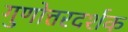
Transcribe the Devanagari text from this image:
गुणोत्तरदर्शक